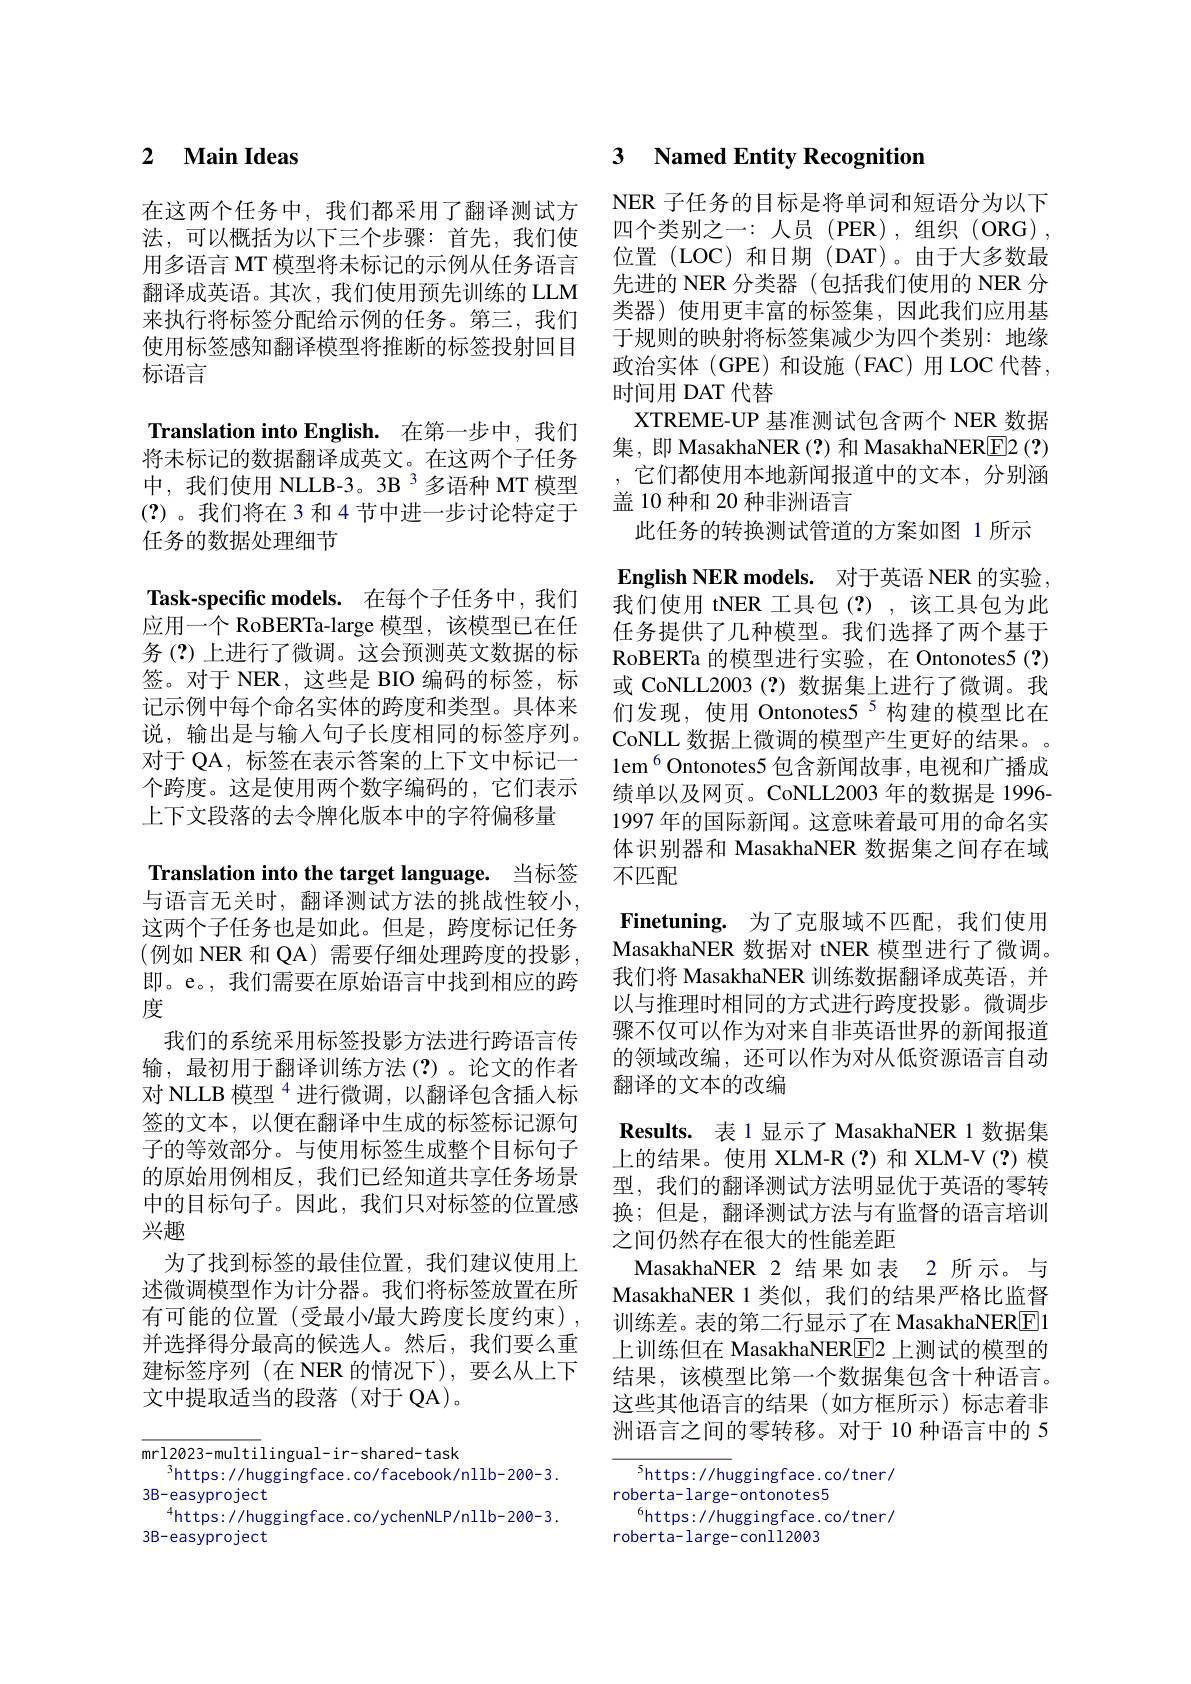
### $\textbf{2}$ $\textbf{Main Ideas}$

在这两个任务中，我们都采用了翻译测试方 NER 子任务的目标是将单词和短语分为以下法，可以概括为以下三个步骤：首先，我们使 四个类别之一：人员 (PER),组织(ORG), 用多语言 MT 模型将未标记的示例从任务语言翻译成英语。其次，我们使用预先训练的 LLM 来执行将标签分配给示例的任务。第三，我们使用标签感知翻译模型将推断的标签投射回目标语言

Translation into English. 在第一步中，我们将未标记的数据翻译成英文。在这两个子任务中，我们使用 NLLB-3。3B $^{3}$多语种 MT 模型(?)。我们将在3 和4节中进一步讨论特定于任务的数据处理细节

Task-specific models. 在每个子任务中，我们应用一个 RoBERTa-large 模型，该模型已在任务(?)上进行了微调。这会预测英文数据的标签。对于 NER,这些是 BIO 编码的标签，标记示例中每个命名实体的跨度和类型。具体来说，输出是与输入句子长度相同的标签序列。CoNLL 数据上微调的模型产生更好的结果。
对于 QA, 标签在表示答案的上下文中标记一个跨度。这是使用两个数字编码的，它们表示上下文段落的去令牌化版本中的字符偏移量
Translation into the target language. 当标签与语言无关时，翻译测试方法的挑战性较小， 这两个子任务也是如此。但是，跨度标记任务(例如 NER 和 QA) 需要仔细处理跨度的投影 , 即。e。, 我们需要在原始语言中找到相应的跨度
我们的系统采用标签投影方法进行跨语言传输，最初用于翻译训练方法(?)。论文的作者对 NLLB 模型 $^{4}$进行微调，以翻译包含插入标签的文本，以便在翻译中生成的标签标记源句子的等效部分。与使用标签生成整个目标句子的原始用例相反，我们已经知道共享任务场景中的目标句子。因此，我们只对标签的位置感兴趣
为了找到标签的最佳位置，我们建议使用上述微调模型作为计分器。我们将标签放置在所有可能的位置 (受最小$l$最大跨度长度约束), 训练差。表的第二行显示了在 MasakhaNER[E]1
并选择得分最高的候选人。然后，我们要么重建标签序列(在 NER 的情况下),要么从上下文中提取适当的段落(对于 QA)。

mrl2023-multilingual-ir-shared-task
$^{3}$https://huggingface.co/facebook/nllb-200-3.
3B-easyproject
$^{4}$https: / / huggingf ace. co/ ychenNL P/ n l b- 20 0- 3 .
3B-easyproject

# 3 Named Entity Recognition

位置(LOC)和日期(DAT)。由于大多数最先进的 NER 分类器 (包括我们使用的 NER 分类器)使用更丰富的标签集，因此我们应用基于规则的映射将标签集减少为四个类别：地缘政治实体(GPE)和设施(FAC)用LOC代替， 时间用 DAT 代替
XTREME-UP 基准测试包含两个 NER 数据集，即 MasakhaNER (?) 和 MasakhaNERE2 (?) ,它们都使用本地新闻报道中的文本，分别涵盖 10 种和 20 种非洲语言
此任务的转换测试管道的方案如图 1 所示$\textbf{English NER models. 对 于 英 语 NER 的 实 验 , }$ 我们使用 tNER 工具包(?),该工具包为此任务提供了几种模型。我们选择了两个基于RoBERTa 的模型进行实验，在 Ontonotes5(?) 或 CoNLL2003(?)数据集上进行了微调。我们发现，使用 Ontonotes5$^{5}$构建的模型比在$\mathrm{lem}^{6}$Ontonotes5 包含新闻故事，电视和广播成绩单以及网页。CoNLL2003 年的数据是 1996- 1997 年的国际新闻。这意味着最可用的命名实体识别器和 MasakhaNER 数据集之间存在域不匹配
$\textbf{Finetuning. 为 了 克 服 域 不 匹 配 , 我 们 使 用 }$ MasakhaNER 数据对 tNER 模型进行了微调。我们将 MasakhaNER 训练数据翻译成英语，并以与推理时相同的方式进行跨度投影。微调步骤不仅可以作为对来自非英语世界的新闻报道的领域改编，还可以作为对从低资源语言自动翻译的文本的改编
$\textbf{Results. 表 1 显 示 了 MasakhaNER 1 数 据 集 }$ 上的结果。使用 XLM-R(?)和 XLM-V(?)模型，我们的翻译测试方法明显优于英语的零转换；但是，翻译测试方法与有监督的语言培训之间仍然存在很大的性能差距
MasakhaNER 2 结果如表 2 所示。与MasakhaNER 1 类似，我们的结果严格比监督上训练但在 MasakhaNER$\boxed{\mathrm{F}}2$上测试的模型的结果，该模型比第一个数据集包含十种语言。这些其他语言的结果(如方框所示)标志着非洲语言之间的零转移。对于 10 种语言中的 5
$^5$https://huggingface.co/tner/

roberta- large- ontonotes5
$^6$https://huggingface.co/tner/
roberta-large-conll2003